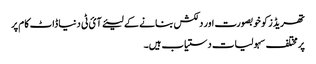
تھریڈز کو خوبصورت اور دلکش بنانے کے لیئے آئ ٹی دنیا ڈاٹ کام پر
پر مختلف سہولیات دستیاب ہیں۔